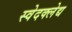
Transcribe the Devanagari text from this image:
स्वेदक्लेद्य